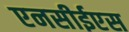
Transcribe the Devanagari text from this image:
एनसीईएस